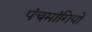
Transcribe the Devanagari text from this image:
पंचमांगियों